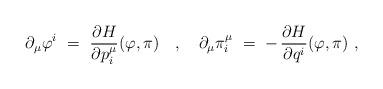
LaTeX: \begin{align*} \partial_\mu \varphi^i~ =~\frac{\partial H}{\partial p_i^\mu}(\varphi,\pi)~~~,~~~ \partial_\mu \pi_i^\mu~ = \; - \, \frac{\partial H}{\partial q^i}(\varphi,\pi)~,\end{align*}